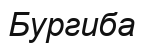
Бургиба